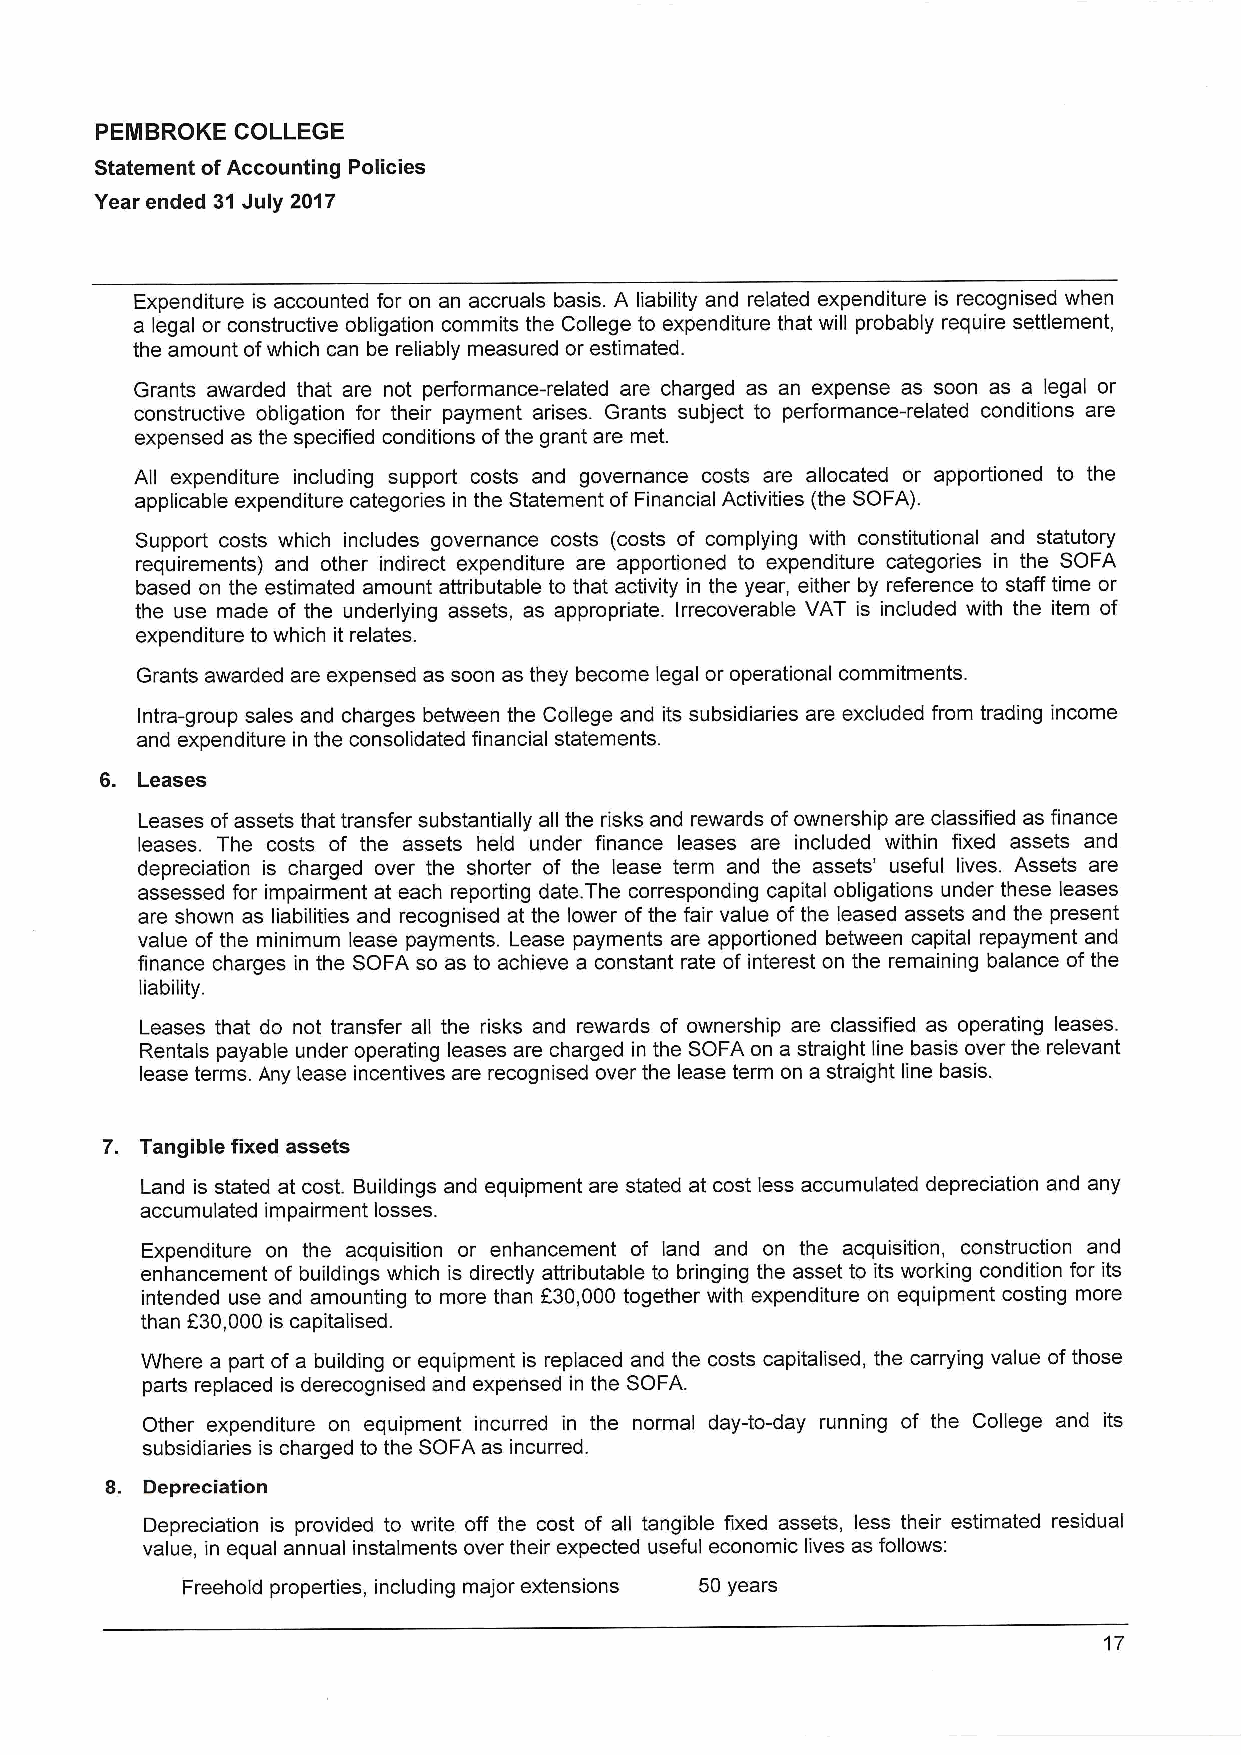
PEMBROKE  COLLEGE
 Statement ofAccounting Policies
 Year ended 31 July 2017
 Expenditure is accounted for on an accruals basis. A liability and related expenditure is recognised when
 a legal or constructive obligation commits the College to expenditure that will probably require settlement,
 the amount ofwhich can be reliably measured or estimated.
 Grants awarded that are not performance-related are charged as an expense as soon as a legal or
 constructive obligation for their payment arises. Grants subject to performance-related conditions are
 expensed as the specified conditions ofthe grant are met.
 All expenditure including support costs and governance costs are allocated or apportioned to the
 applicable expenditure categories in the Statement of Financial Activities (the SOFA).
 Support costs which includes governance costs (costs of complying with constitutional and statutory
 requirements) and other indirect expenditure are apportioned to expenditure categories in the SOFA
 based on the estimated amount attributable to that activity in the year, either by reference to staff time or
 the use made of the underlying assets, as appropriate. Irrecoverable VAT is included with the item of
 expenditure to which it relates.
 Grants awarded are expensed as soon as they become legal or operational commitments.
 Intra-group sales and charges between the College and its subsidiaries are excluded from trading income
 and expenditure in the consolidated financial statements.
 Leases
 Leases ofassets that transfer substantially all the risks and rewards ofownership are classified as finance
 leases. The costs of the assets held under finance leases are included within fixed assets and
 depreciation is charged over the shorter of the lease term and the assets' useful lives. Assets are
 assessed for impairment at each reporting date.The corresponding capital obligations under these leases
 are shown as liabilities and recognised at the lower ofthe fair value of the leased assets and the present
 value of the minimum lease payments. Lease payments are apportioned between capital repayment and
 finance charges in the SOFA so as to achieve a constant rate of interest on the remaining balance of the
 liability.
 Leases that do not transfer all the risks and rewards of ownership are classified as operating leases.
 Rentals payable under operating leases are charged in the SOFA on a straight line basis over the relevant
 lease terms. Any lease incentives are recognised over the lease term on a straight line basis.
 Tangible fixed assets
 Land is stated at cost. Buildings and equipment are stated at cost less accumulated depreciation and any
 accumulated impairment losses.
 Expenditure on the acquisition or enhancement of land and on the acquisition, construction and
 enhancement of buildings which is directly attributable to bringing the asset to its working condition for its
 intended use and amounting to more than 630,000 together with expenditure on equipment costing more
 f
 than 30,000 is capitalised.
 Where a part of a building or equipment is replaced and the costs capitalised, the carrying value ofthose
 parts replaced is derecognised and expensed in the SOFA.
 Other expenditure on equipment incurred in the normal day-to-day running of the College and its
 subsidiaries is charged to the SOFA as incurred.
 Depreciation
 Depreciation is provided to write off the cost of all tangible fixed assets, less their estimated residual
 value, in equal annual instalments over their expected useful economic lives as follows:
 Freehold properties, including major extensions 50 years
 17